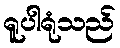
ရူပါရုံသည်